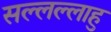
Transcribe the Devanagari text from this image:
सल्लल्लाहु